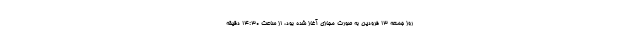
روز جمعه ۱۳ فرودین به صورت مجازی آغاز شده بود، از ساعت ۱۴:۳۰ دقیقه